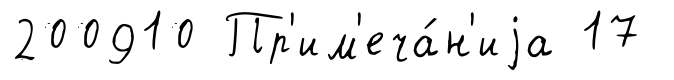
200910 Пр'им'еча́н'иjа 17